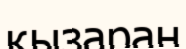
қызараң